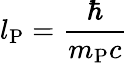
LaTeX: l_{\mathrm{P}}={\frac{\hbar}{m_{\mathrm{P}}c}}